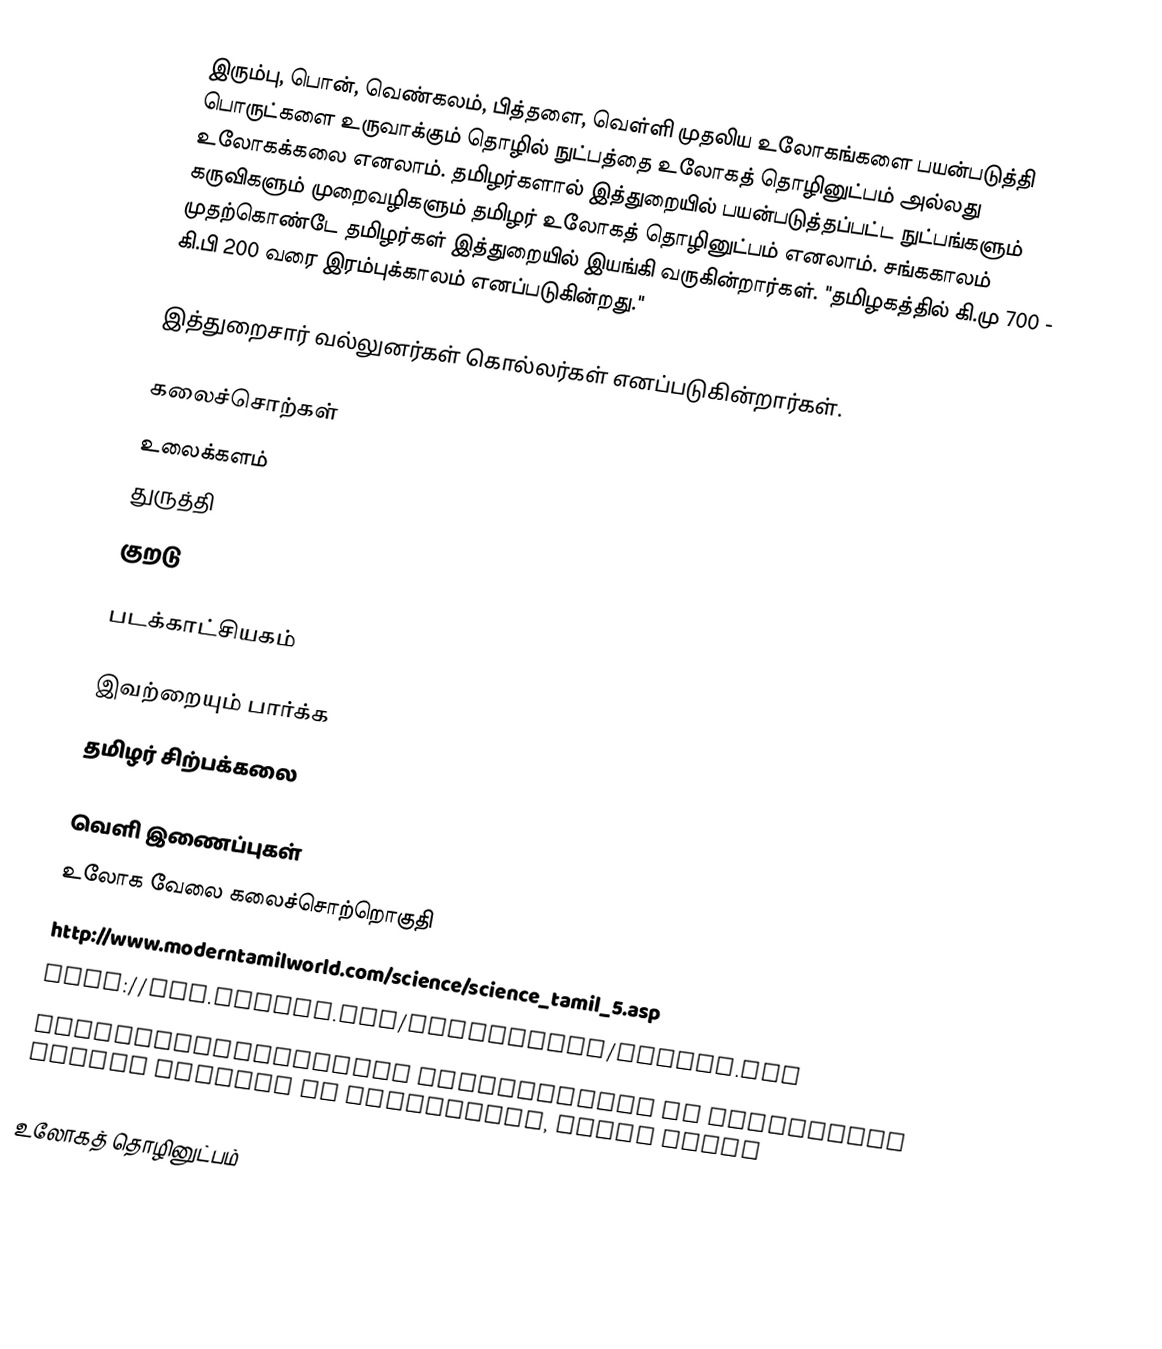
இரும்பு, பொன், வெண்கலம், பித்தளை, வெள்ளி முதலிய உலோகங்களை பயன்படுத்தி பொருட்களை உருவாக்கும் தொழில் நுட்பத்தை உலோகத் தொழினுட்பம் அல்லது உலோகக்கலை எனலாம். தமிழர்களால் இத்துறையில் பயன்படுத்தப்பட்ட நுட்பங்களும் கருவிகளும் முறைவழிகளும் தமிழர் உலோகத் தொழினுட்பம் எனலாம். சங்ககாலம் முதற்கொண்டே தமிழர்கள் இத்துறையில் இயங்கி வருகின்றார்கள். "தமிழகத்தில் கி.மு 700 - கி.பி 200 வரை இரம்புக்காலம் எனப்படுகின்றது."

இத்துறைசார் வல்லுனர்கள் கொல்லர்கள் எனப்படுகின்றார்கள்.

கலைச்சொற்கள்
 உலைக்களம்
 துருத்தி
 குறடு

படக்காட்சியகம்

இவற்றையும் பார்க்க
 தமிழர் சிற்பக்கலை

வெளி இணைப்புகள்
 உலோக வேலை கலைச்சொற்றொகுதி
 http://www.moderntamilworld.com/science/science_tamil_5.asp
 http://www.intamm.com/technology/irumbu.htm
 ETHNOARCHAEOLOGICAL PERSPECTIVES ON HEREDITARY BRONZE CASTERS IN SWAMIMALAI, SOUTH INDIA

உலோகத் தொழினுட்பம்